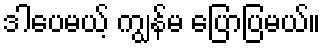
ဒါပေမယ့် ကျွန်မ ပြောပြမယ်။